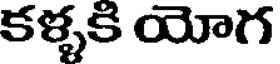
కళ్ళకి యోగ